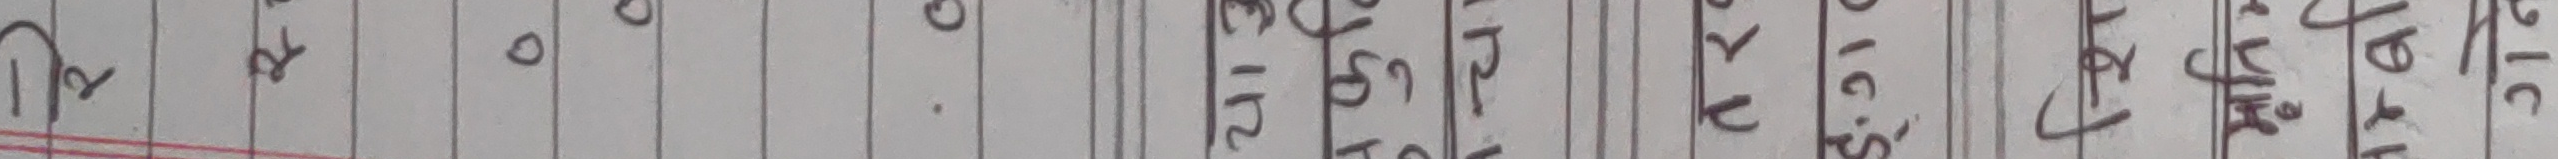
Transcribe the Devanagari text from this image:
टप ५० रेट
१
४
१
२
९
१
६
७
२
४
१
८
६
१
१
३
०
८
२
५
१
०
१
२
०
१
१
०
०
०
२
०
०
१
२
०
प
१
८
१